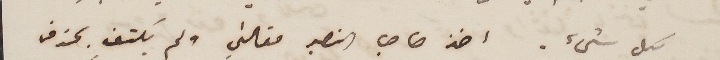
بكل شيء. اخذ صاحب النصير مقالتي ولم يكتفِ بحذف